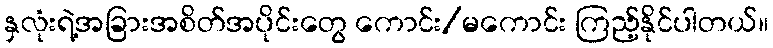
နှလုံးရဲ့အခြားအစိတ်အပိုင်းတွေ ကောင်း/မကောင်း ကြည့်နိုင်ပါတယ်။